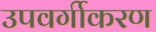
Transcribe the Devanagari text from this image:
उपवर्गीकरण